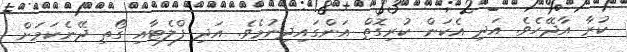
ކުރާ އާދޭހެވެ. އަދި އެކަން ކުރިގޮތް އަންގައިދިނުމެވެ. އަދި ފްލެޓާއި ގޯތި ދޭނެކަމަށް